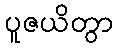
ပူဇယိတွာ